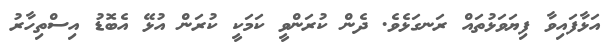
އަޅާފައިވާ ފިޔަވަޅުތައް ރަނގަޅެވެ. ދެން ކުރަންވީ ކަމަކީ ކުރަން އުޅޭ އެބޮޑު އިސްތިހާރު